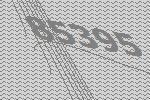
85395